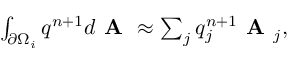
\begin{array} { r } { \int _ { \partial \Omega _ { i } } q ^ { n + 1 } d \textbf { A } \approx \sum _ { j } ^ { } q _ { j } ^ { n + 1 } \textbf { A } _ { j } , } \end{array}